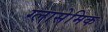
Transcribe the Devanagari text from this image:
ग्लासेमिक